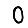
Digit: 0